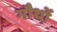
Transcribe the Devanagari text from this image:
गौथों